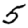
Digit: 5